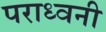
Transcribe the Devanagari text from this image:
पराध्वनी